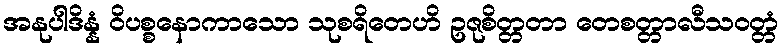
အနုပါဒိန္နံ ဝိပစ္စနောကာသော သုစရိတေဟိ ဥဇုစိတ္တတာ တေစတ္တာလီသဝတ္တံ